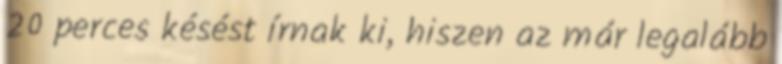
20 perces késést írnak ki, hiszen az már legalább